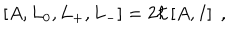
\left[ A , L _ { 0 } , L _ { + } , L _ { - } \right] = 2 \hbar \left[ A , I \right] \; ,